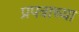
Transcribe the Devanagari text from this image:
प्रपत्राच्या